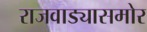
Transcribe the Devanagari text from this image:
राजवाड्यासमोर